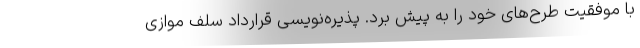
با موفقیت طرح‌های خود را به پیش برد. پذیره‌نویسی قرارداد سلف موازی